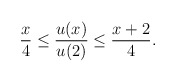
\begin{align*}\frac x4\leq \frac {u(x)}{u(2)}\leq \frac {x+2}{4} .\end{align*}